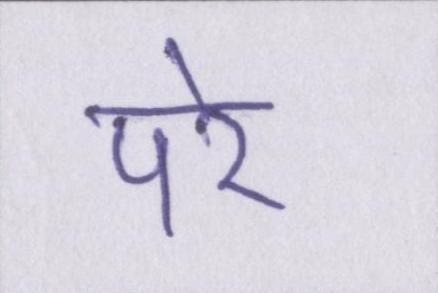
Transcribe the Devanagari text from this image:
परे